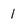
Character: 1